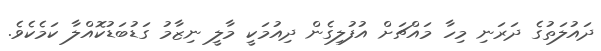
ދައުލަތުގެ ދަރަނި މިހާ މައްޗަށް އުފުލިގެން ދިއުމަކީ މާލީ ނިޒާމު ގަޑުބަޑުކޮއްލާ ކަމެކެވެ.